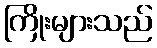
ကြိုးများသည်